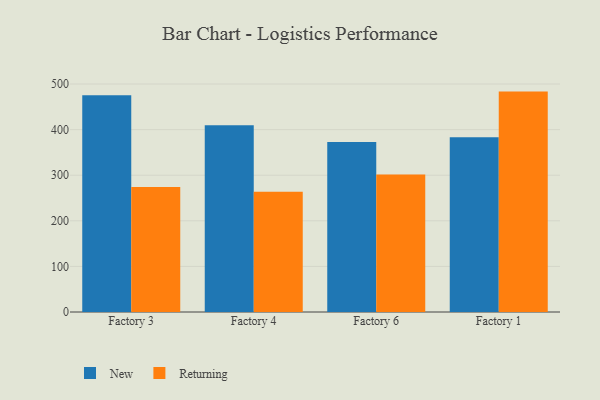
{"axis": {"x": "Factory", "y": "Budget (USD K)"}, "legend": ["New", "Returning"], "data": [{"x": "Factory 3", "y": 475.2, "type": "New"}, {"x": "Factory 3", "y": 274.4, "type": "Returning"}, {"x": "Factory 4", "y": 409.8, "type": "New"}, {"x": "Factory 4", "y": 263.6, "type": "Returning"}, {"x": "Factory 6", "y": 372.9, "type": "New"}, {"x": "Factory 6", "y": 301.7, "type": "Returning"}, {"x": "Factory 1", "y": 383.2, "type": "New"}, {"x": "Factory 1", "y": 483.4, "type": "Returning"}]}